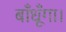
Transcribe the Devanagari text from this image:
बाँधूँगा।